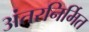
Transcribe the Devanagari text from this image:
अंतरनिर्मित